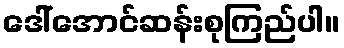
ဒေါ်အောင်ဆန်းစုကြည်ပါ။